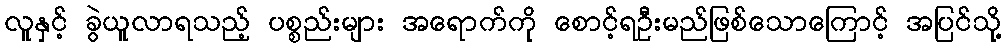
လူနှင့် ခွဲယူလာရသည့် ပစ္စည်းများ အရောက်ကို စောင့်ရဦးမည်ဖြစ်သောကြောင့် အပြင်သို့